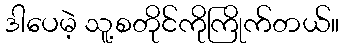
ဒါပေမဲ့ သူ့စတိုင်ကိုကြိုက်တယ်။